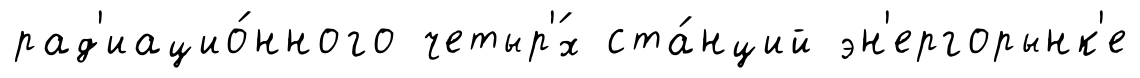
рад'иацио́нного четыр'́х ста́нций эн'ергорынк'е